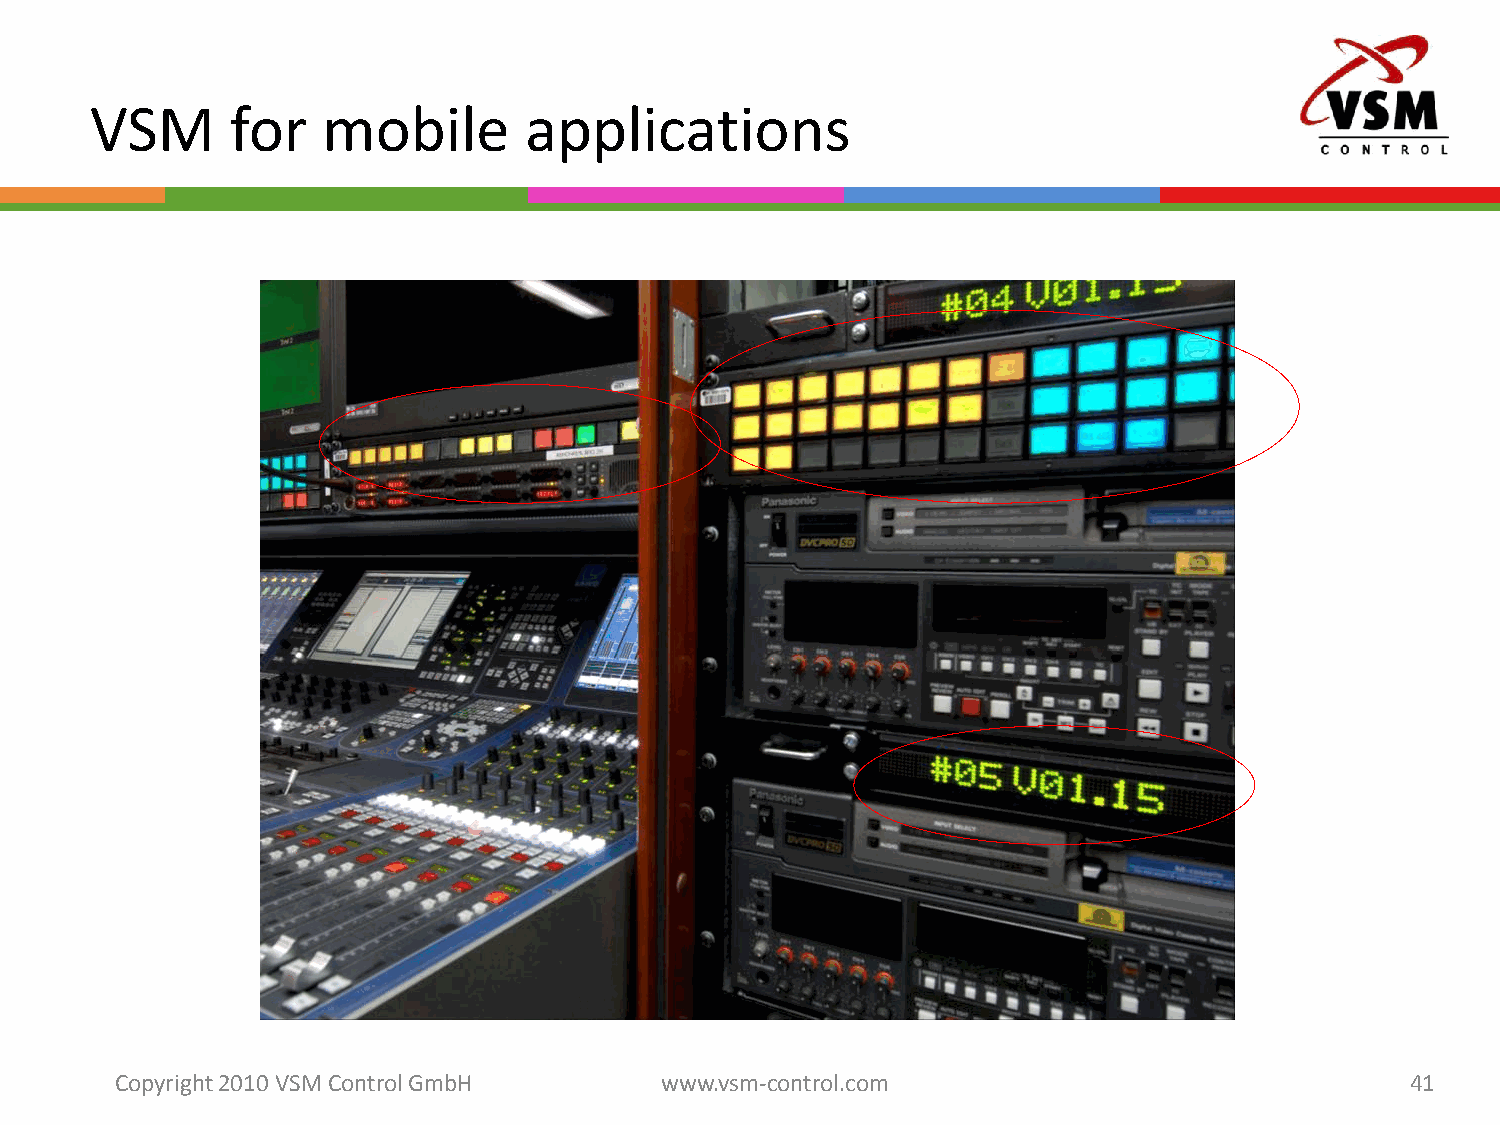
VSM      for   mobile        applications
 Copyright 2010 VSM ControlGmbH      www.vsm-control.com                              41